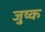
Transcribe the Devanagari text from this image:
जुष्क